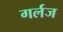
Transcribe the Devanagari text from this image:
गर्लज